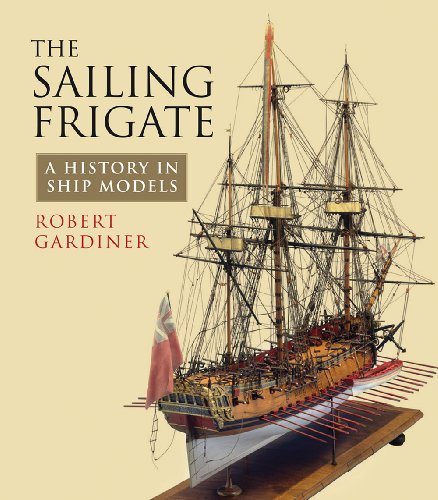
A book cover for The Sailing Frigate: A History in Ship Models; Robert Gardiner; Arts & Photography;